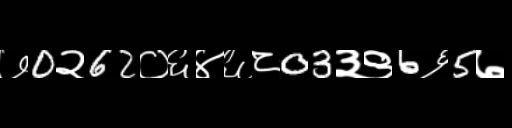
Text: ७0२62०६४६८03३९6६5७